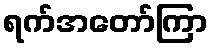
ရက်အတော်ကြာ